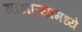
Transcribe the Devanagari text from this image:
गाभाऱ्यामध्ये